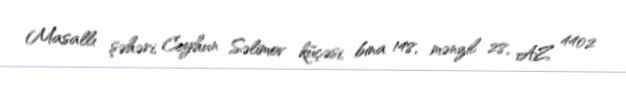
Masallı şəhəri, Ceyhun Səlimov küçəsi, bina 148, mənzil 28, AZ 4402